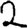
Digit: 2